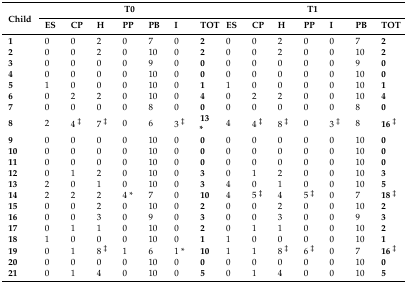
<table><thead><tr><td rowspan="2"><b>Child</b></td><td colspan="7"><b>T0</b></td><td colspan="7"><b>T1</b></td></tr><tr><td><b>ES</b></td><td><b>CP</b></td><td><b>H</b></td><td><b>PP</b></td><td><b>PB</b></td><td><b>I</b></td><td><b>TOT</b></td><td><b>ES</b></td><td><b>CP</b></td><td><b>H</b></td><td><b>PP</b></td><td><b>I</b></td><td><b>PB</b></td><td><b>TOT</b></td></tr></thead><tbody><tr><td><b>1</b></td><td>0</td><td>0</td><td>2</td><td>0</td><td>7</td><td>0</td><td><b>2</b></td><td>0</td><td>0</td><td>2</td><td>0</td><td>0</td><td>7</td><td><b>2</b></td></tr><tr><td><b>2</b></td><td>0</td><td>0</td><td>2</td><td>0</td><td>10</td><td>0</td><td><b>2</b></td><td>0</td><td>0</td><td>2</td><td>0</td><td>0</td><td>10</td><td><b>2</b></td></tr><tr><td><b>3</b></td><td>0</td><td>0</td><td>0</td><td>0</td><td>9</td><td>0</td><td><b>0</b></td><td>0</td><td>0</td><td>0</td><td>0</td><td>0</td><td>9</td><td><b>0</b></td></tr><tr><td><b>4</b></td><td>0</td><td>0</td><td>0</td><td>0</td><td>10</td><td>0</td><td><b>0</b></td><td>0</td><td>0</td><td>0</td><td>0</td><td>0</td><td>10</td><td><b>0</b></td></tr><tr><td><b>5</b></td><td>1</td><td>0</td><td>0</td><td>0</td><td>10</td><td>0</td><td><b>1</b></td><td>1</td><td>0</td><td>0</td><td>0</td><td>0</td><td>10</td><td><b>1</b></td></tr><tr><td><b>6</b></td><td>0</td><td>2</td><td>2</td><td>0</td><td>10</td><td>0</td><td><b>4</b></td><td>0</td><td>2</td><td>2</td><td>0</td><td>0</td><td>10</td><td><b>4</b></td></tr><tr><td><b>7</b></td><td>0</td><td>0</td><td>0</td><td>0</td><td>8</td><td>0</td><td><b>0</b></td><td>0</td><td>0</td><td>0</td><td>0</td><td>0</td><td>8</td><td><b>0</b></td></tr><tr><td><b>8</b></td><td>2</td><td>4 <sup>ǂ</sup></td><td>7 <sup>ǂ</sup></td><td>0</td><td>6</td><td>3 <sup>ǂ</sup></td><td><b>13 *</b></td><td>4</td><td>4 <sup>ǂ</sup></td><td>8 <sup>ǂ</sup></td><td>0</td><td>3 <sup>ǂ</sup></td><td>8</td><td><b>16</b><sup>ǂ</sup></td></tr><tr><td><b>9</b></td><td>0</td><td>0</td><td>0</td><td>0</td><td>10</td><td>0</td><td><b>0</b></td><td>0</td><td>0</td><td>0</td><td>0</td><td>0</td><td>10</td><td><b>0</b></td></tr><tr><td><b>10</b></td><td>0</td><td>0</td><td>0</td><td>0</td><td>10</td><td>0</td><td><b>0</b></td><td>0</td><td>0</td><td>0</td><td>0</td><td>0</td><td>10</td><td><b>0</b></td></tr><tr><td><b>11</b></td><td>0</td><td>0</td><td>0</td><td>0</td><td>10</td><td>0</td><td><b>0</b></td><td>0</td><td>0</td><td>0</td><td>0</td><td>0</td><td>10</td><td><b>0</b></td></tr><tr><td><b>12</b></td><td>0</td><td>1</td><td>2</td><td>0</td><td>10</td><td>0</td><td><b>3</b></td><td>0</td><td>1</td><td>2</td><td>0</td><td>0</td><td>10</td><td><b>3</b></td></tr><tr><td><b>13</b></td><td>2</td><td>0</td><td>1</td><td>0</td><td>10</td><td>0</td><td><b>3</b></td><td>4</td><td>0</td><td>1</td><td>0</td><td>0</td><td>10</td><td><b>5</b></td></tr><tr><td><b>14</b></td><td>2</td><td>2</td><td>2</td><td>4 *</td><td>7</td><td>0</td><td><b>10</b></td><td>4</td><td>5 <sup>ǂ</sup></td><td>4</td><td>5 <sup>ǂ</sup></td><td>0</td><td>7</td><td><b>18</b><sup>ǂ</sup></td></tr><tr><td><b>15</b></td><td>0</td><td>0</td><td>2</td><td>0</td><td>10</td><td>0</td><td><b>2</b></td><td>0</td><td>0</td><td>2</td><td>0</td><td>0</td><td>10</td><td><b>2</b></td></tr><tr><td><b>16</b></td><td>0</td><td>0</td><td>3</td><td>0</td><td>9</td><td>0</td><td><b>3</b></td><td>0</td><td>0</td><td>3</td><td>0</td><td>0</td><td>9</td><td><b>3</b></td></tr><tr><td><b>17</b></td><td>0</td><td>1</td><td>1</td><td>0</td><td>10</td><td>0</td><td><b>2</b></td><td>0</td><td>1</td><td>1</td><td>0</td><td>0</td><td>10</td><td><b>2</b></td></tr><tr><td><b>18</b></td><td>1</td><td>0</td><td>0</td><td>0</td><td>10</td><td>0</td><td><b>1</b></td><td>1</td><td>0</td><td>0</td><td>0</td><td>0</td><td>10</td><td><b>1</b></td></tr><tr><td><b>19</b></td><td>0</td><td>1</td><td>8 <sup>ǂ</sup></td><td>1</td><td>6</td><td>1 *</td><td><b>10</b></td><td>1</td><td>1</td><td>8 <sup>ǂ</sup></td><td>6 <sup>ǂ</sup></td><td>0</td><td>7</td><td><b>16</b><sup>ǂ</sup></td></tr><tr><td><b>20</b></td><td>0</td><td>0</td><td>0</td><td>0</td><td>10</td><td>0</td><td><b>0</b></td><td>0</td><td>0</td><td>0</td><td>0</td><td>0</td><td>10</td><td><b>0</b></td></tr><tr><td><b>21</b></td><td>0</td><td>1</td><td>4</td><td>0</td><td>10</td><td>0</td><td><b>5</b></td><td>0</td><td>1</td><td>4</td><td>0</td><td>0</td><td>10</td><td><b>5</b></td></tr></tbody></table>